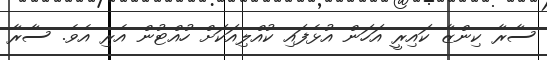
ސާރާ ކިންޒާ ކައިރީ އަހަން އުޅެފައި ކުއްލިއަކަށް ހުއްޓުން އެރި އެވެ. ސާރާ